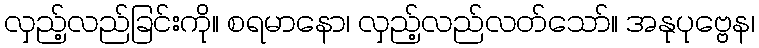
လှည့်လည်ခြင်းကို။ စရမာနော၊ လှည့်လည်လတ်သော်။ အနုပုဗ္ဗေန၊